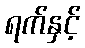
ရက်နှင့်